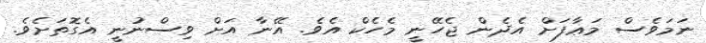
ނަމަވެސް މަޢާފަށް އެދެން ޖެހޭނީ މެހެކް އެވެ. އޭނާ އަށް ވިސްނުނީ އެގޮތަށެވެ.